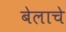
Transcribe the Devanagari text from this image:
बेलाचे